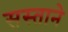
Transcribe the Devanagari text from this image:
सस्ताने